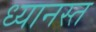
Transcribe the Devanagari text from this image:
ध्यानस्त